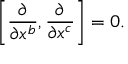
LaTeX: \left[ { \frac { \partial } { \partial x ^ { b } } } , { \frac { \partial } { \partial x ^ { c } } } \right] = 0 .